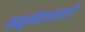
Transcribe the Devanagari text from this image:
मधुमेहासाठी